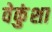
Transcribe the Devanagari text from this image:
वेकुंशा